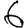
Digit: 6